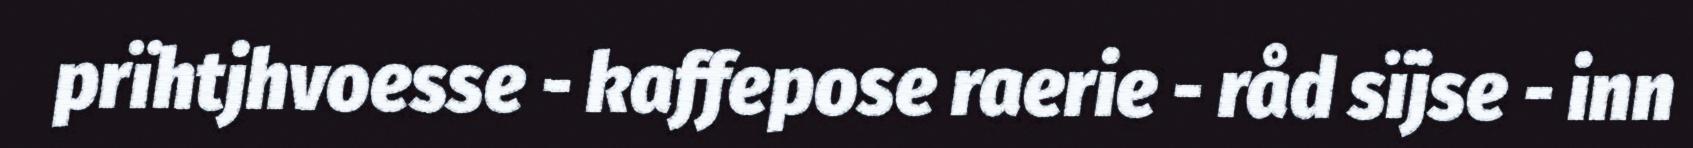
prïhtjhvoesse - kaffepose raerie - råd sïjse - inn